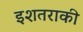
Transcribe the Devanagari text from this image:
इशतराकी